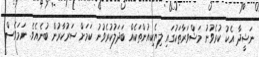
ނަޝީދާ އެކު ކުރެވުނު މަޝްވަރާތަކުގައި ލިޔެކިއުންތަކެއް ބަދަލުކުރެވުނު ކަމަށް ސަރުކާރުން ބުނެއެވެ. ނަމަވެސް